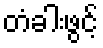
တံခါးဖွင့်